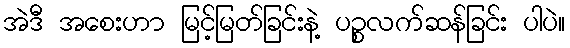
အဲဒီ အစေးဟာ မြင့်မြတ်ခြင်းနဲ့ ပဉ္စလက်ဆန်ခြင်း ပါပဲ။